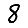
Digit: 8